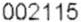
002115